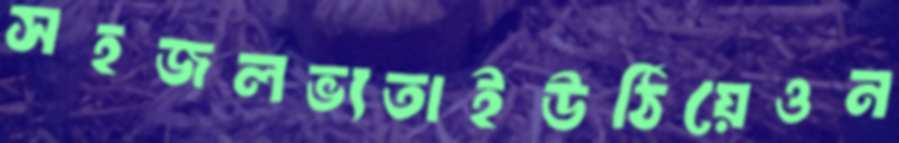
সহজলভ্যতাইউঠিয়েওন